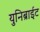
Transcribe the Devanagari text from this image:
युनिब्राईट